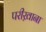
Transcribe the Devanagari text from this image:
परीख़ाना